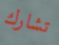
تشارك